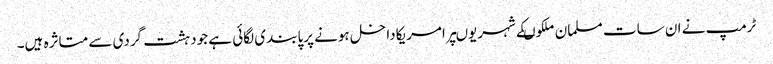
ٹرمپ نے ان سات مسلمان ملکوںکے شہریوںپرامریکاداخل ہونے پرپابندی لگائی ہے جودہشت گردی سے متاثرہ ہیں۔